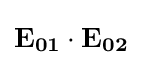
\mathbf {E_{01}\cdot E_{02}}